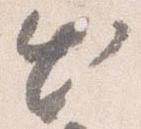
出